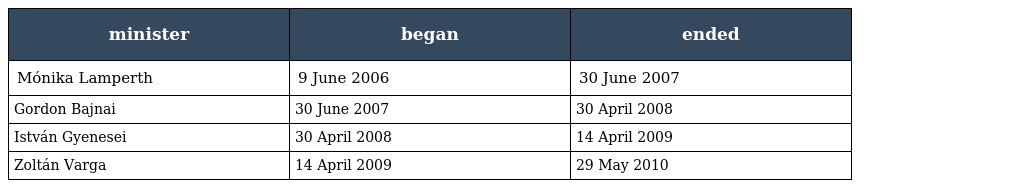
| minister | began | ended |
 | --- | --- | --- |
 | Mónika Lamperth | 9 June 2006 | 30 June 2007 |
 | Gordon Bajnai | 30 June 2007 | 30 April 2008 |
 | István Gyenesei | 30 April 2008 | 14 April 2009 |
 | Zoltán Varga | 14 April 2009 | 29 May 2010 |